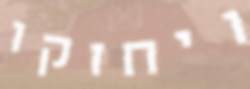
ויחזקו